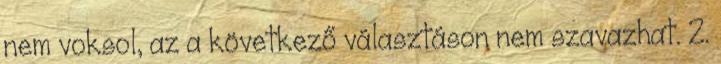
nem voksol, az a következő választáson nem szavazhat. 2.